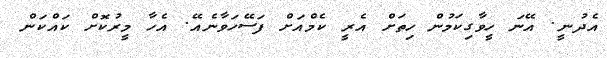
އެދުނީ. އޭނަ ހީވާގިކަމުން ހިތަށް އެރީ ކެމްއަށް ފަސޭހަވާނެއޭ. އެހާ މީރުކޮށް ކައްކަން